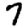
Digit: 7